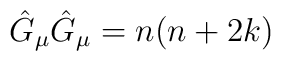
\hat{G}_{\mu}\hat{G}_{\mu}=n(n+2k)